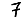
Digit: 7